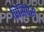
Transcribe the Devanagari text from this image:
प्रिंसिपेस